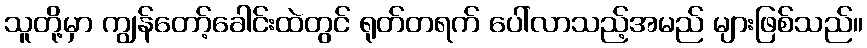
သူတို့မှာ ကျွန်တော့်ခေါင်းထဲတွင် ရုတ်တရက် ပေါ်လာသည့်အမည် များဖြစ်သည်။